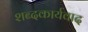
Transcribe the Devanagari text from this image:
शब्दकार्यवाद